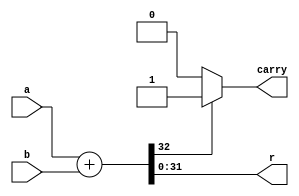
`timescale 1ns / 1ns
module ADDU(
    input [31:0] a,
    input [31:0] b,
    output[31:0] r,
    output reg carry
    );
    reg [32:0] t;
    always@(*)
    begin
        t=a+b;
        if(t[32]==1)
            carry=1;
        else
            carry=0;
    end
    assign r=t[31:0];
endmodule